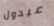
عبدول